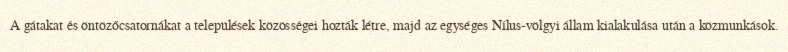
A gátakat és öntözőcsatornákat a települések közösségei hozták létre, majd az egységes Nílus-völgyi állam kialakulása után a közmunkások.